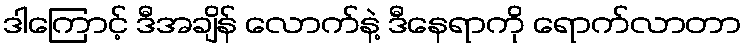
ဒါကြောင့် ဒီအချိန် လောက်နဲ့ ဒီနေရာကို ရောက်လာတာ